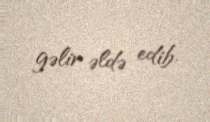
gəlir əldə edib.